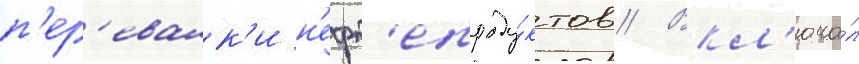
п'ер'евалк'и н'ефт'епроду́ктов // Вкл'юча́л